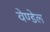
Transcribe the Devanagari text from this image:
वेण्डेल